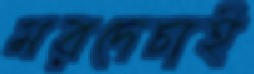
মরদেচাই